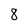
Character: 8